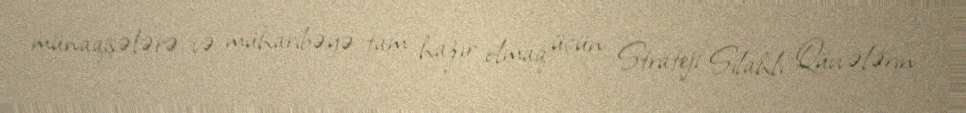
münaqişələrə və müharibəyə tam hazır olmaq üçün Strateji Silahlı Qüvvələrin